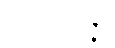
မံသဝဏိဇ္ဇာ